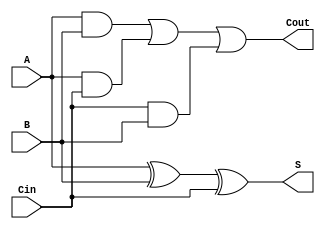
module one_bit_adder(S, Cout, A, B, Cin);
    input A, B, Cin;
    output S, Cout;
    wire w1,w2,w3;

    xor sumResult(S, A, B, Cin);
    and A_and_B(w1, A, B);
    and A_and_Cin(w2, A, Cin);
    and B_and_Cin(w3, Cin, B);
    or coutResult(Cout, w1,w2,w3);
endmodule